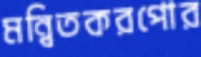
মন্বিতকরপোর